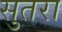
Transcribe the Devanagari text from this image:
सुतरा